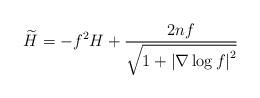
LaTeX: \begin{align*} \widetilde{H}=-f^2H+\displaystyle\frac{2nf}{\sqrt{1+\left|\nabla\log f\right|^2}}\end{align*}